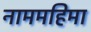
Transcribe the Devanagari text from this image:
नाममहिमा